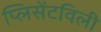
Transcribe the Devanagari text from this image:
प्लिसेंटविली